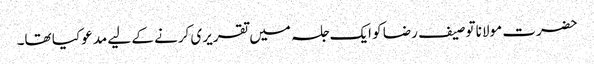
حضرت مولانا توصیف رضا کو ایک جلسہ میں تقریری کرنے کے لیے مدعو کیا تھا۔